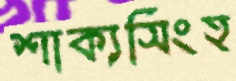
শাক্যসিংহ